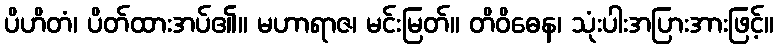
ပိဟိတံ၊ ပိတ်ထားအပ်၏။ မဟာရာဇ၊ မင်းမြတ်။ တိဝိဓေန၊ သုံးပါးအပြားအားဖြင့်။